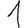
Digit: 1